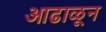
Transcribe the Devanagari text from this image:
आढाळून